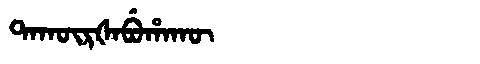
Manchu: ᡨᠠᡴᡡᡵᡧᠠᠪᡠᡥᠠᡴᡡ
Romanization: TAKŪRŠABUHAKŪ